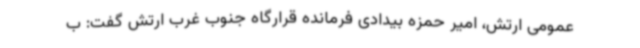
عمومی ارتش، امیر حمزه بیدادی فرمانده قرارگاه جنوب غرب ارتش گفت: ب